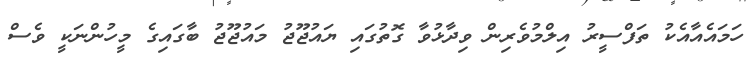
ހަމައެއާއެކު ތަފްސީރު އިލްމުވެރިން ވިދާޅުވާ ގޮތުގައި ޔައުޖޫޖު މައުޖޫޖު ބާގައިގެ މީހުންނަކީ ވެސް